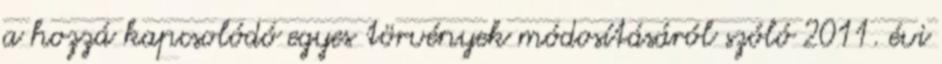
a hozzá kapcsolódó egyes törvények módosításáról szóló 2011. évi